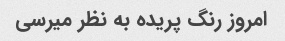
امروز رنگ پریده به نظر میرسی